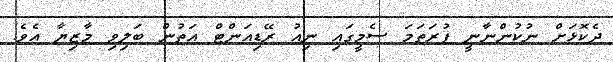
ދެކޮޅަށް ނުކުންނާނީ ފުރަތަމަ ސެމީގައި ނިއު ރޭޑިއަންޓް އަތުން ބަލިވި މާޒިޔާ އެވެ.